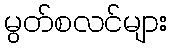
မွတ်စလင်များ